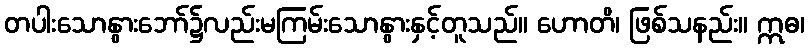
တပါးသောနွားဘော်၌လည်းမကြမ်းသောနွားနှင့်တူသည်။ ဟောတိ၊ ဖြစ်သနည်း။ ဣဓ၊